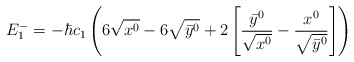
\begin{align*}E_1^-=-\hbar c_1 \left( 6\sqrt{x^0} -6\sqrt{\bar y^0}+2\left[ \frac{\bar y^0}{\sqrt{x^0}} -\frac {x^0}{\sqrt{\bar y^0}} \right] \right)\end{align*}